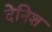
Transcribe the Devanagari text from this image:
देनिश